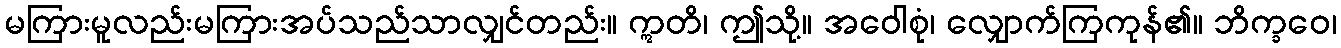
မကြားမူလည်းမကြားအပ်သည်သာလျှင်တည်း။ ဣတိ၊ ဤသို့။ အဝေါစုံ၊ လျှောက်ကြကုန်၏။ ဘိက္ခဝေ၊